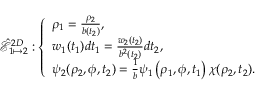
\hat { \mathcal { E } } _ { 1 \mapsto 2 } ^ { 2 D } : \left\{ \begin{array} { l l } { \rho _ { 1 } = \frac { \rho _ { 2 } } { b ( t _ { 2 } ) } , } \\ { w _ { 1 } ( t _ { 1 } ) d t _ { 1 } = \frac { w _ { 2 } ( t _ { 2 } ) } { b ^ { 2 } ( t _ { 2 } ) } d t _ { 2 } , } \\ { \psi _ { 2 } ( \rho _ { 2 } , \phi , t _ { 2 } ) = \frac { 1 } { b } \psi _ { 1 } \left( \rho _ { 1 } , \phi , t _ { 1 } \right) \chi ( \rho _ { 2 } , t _ { 2 } ) . } \end{array} \right.